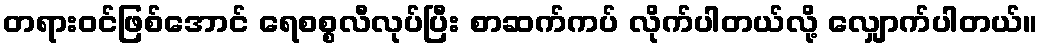
တရားဝင်ဖြစ်အောင် ရေစစ္စလီလုပ်ပြီး စာဆက်ကပ် လိုက်ပါတယ်လို့ လျှောက်ပါတယ်။